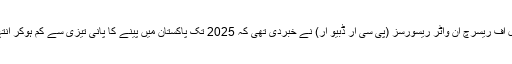
دوسری جانب پاکستان کونسل آف ریسرچ ان واٹر ریسورسز (پی سی آر ڈبیو آر) نے خبردی تھی کہ 2025 تک پاکستان میں پینے کا پانی تیزی سے کم ہوکر انتہائی ناکافی ثابت ہوسکتا ہے۔